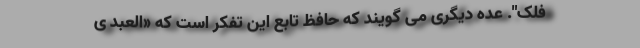
فلک". عده دیگری می گویند که حافظ تابع این تفکر است که «اَلعبدُ یُ